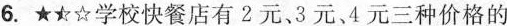
6.★★☆学校快餐店有2元、3元、4元三种价格的